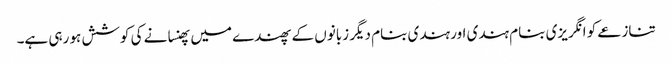
تنازعے کو انگریزی بنام ہندی اور ہندی بنام دیگر زبانوں کے پھندے میں پھنسانے کی کوشش ہو رہی ہے۔